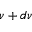
\nu + d \nu